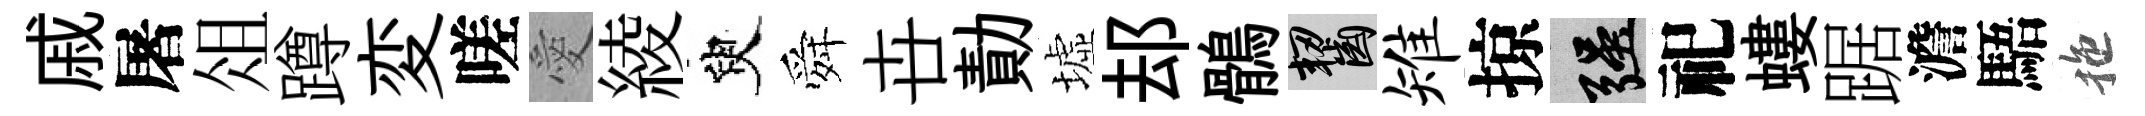
戚屠俎蹲変嗟愛綾臾舜卋勣墟𨚫鶻齧雉掠强祀螻踞澹䮏拖